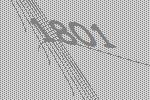
1801